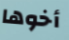
أخوها